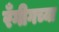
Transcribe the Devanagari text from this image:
रँगीगच्या